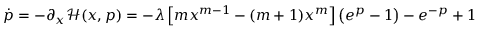
\begin{array} { r } { \dot { p } = - { \partial _ { x } } \mathcal { H } ( x , p ) = - \lambda \left[ { m { x ^ { m - 1 } } - ( m + 1 ) { x ^ { m } } } \right] \left( { { e ^ { p } } - 1 } \right) - { e ^ { - p } } + 1 } \end{array}